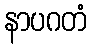
နာပဂတံ